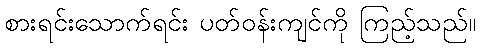
စားရင်းသောက်ရင်း ပတ်ဝန်းကျင်ကို ကြည့်သည်။